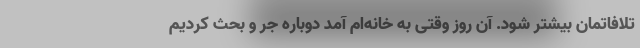
تلافاتمان بیشتر شود. آن روز وقتی به خانه‌ام آمد دوباره جر و بحث کردیم